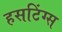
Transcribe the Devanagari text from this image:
हसटिंग्स